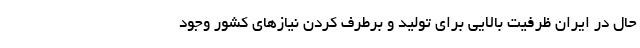
حال در ایران ظرفیت بالایی برای تولید و برطرف کردن نیازهای کشور وجود